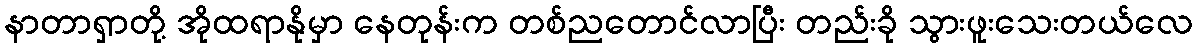
နာတာရှာတို့ အိုထရာနိုမှာ နေတုန်းက တစ်ညတောင်လာပြီး တည်းခို သွားဖူးသေးတယ်လေ